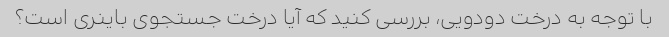
با توجه به درخت دودویی، بررسی کنید که آیا درخت جستجوی باینری است؟